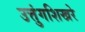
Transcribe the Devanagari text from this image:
उत्तुंगशिखरे